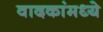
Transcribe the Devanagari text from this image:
वादकांमध्ये